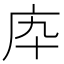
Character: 𢇥